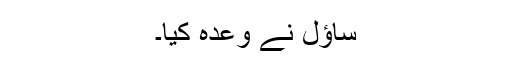
ساؤل نے وعدہ کیا۔